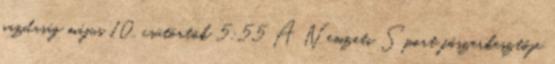
gazdaság május 10., csütörtök 5:55 A Nemzeti Sport főszerkesztője